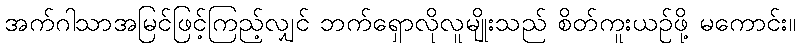
အက်ဂါသာအမြင်ဖြင့်ကြည့်လျှင် ဘက်ရှောလိုလူမျိုးသည် စိတ်ကူးယဉ်ဖို့ မကောင်း။